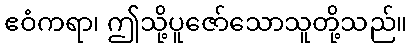
ဧဝံကရာ၊ ဤသို့ပူဇော်သောသူတို့သည်။